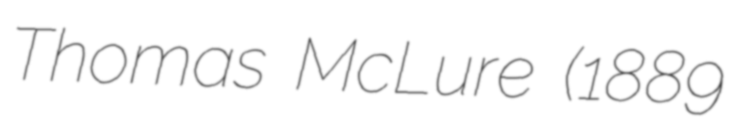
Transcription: Thomas McLure (1889